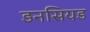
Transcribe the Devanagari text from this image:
डनसियड